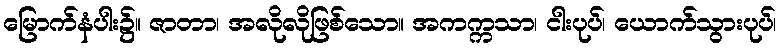
မြောက်နံပါး၌။ ဇာတာ၊ အလိုလိုဖြစ်သော။ အကက္ကသာ၊ ငါးပုပ်၊ ယောက်သွားပုပ်၊